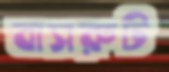
বাসরুট